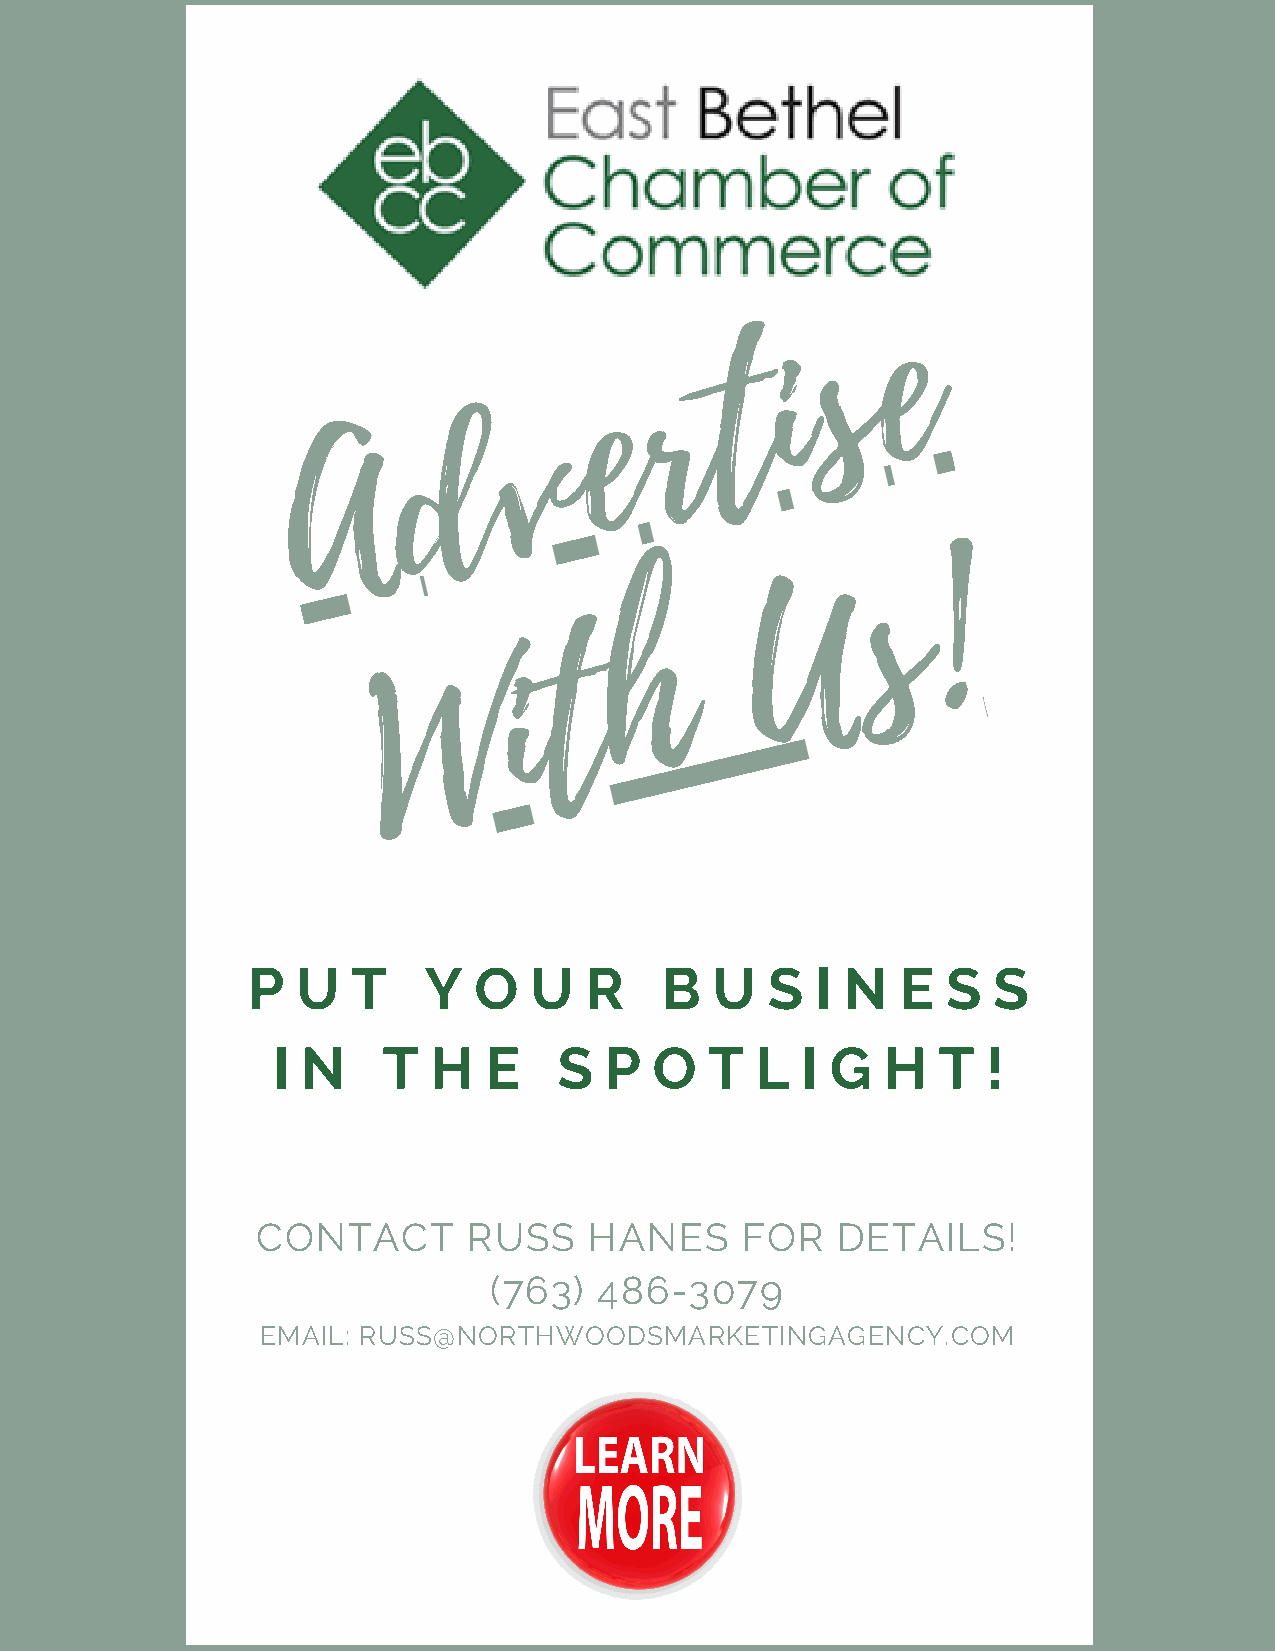
e
 s
 i
 t
 r
 e
 v
 d
 A
 !
 s
 U
 h
 t
 i
 W
 P   U  T    Y  O   U   R    B  U   S  I N   E  S  S
 I N    T  H   E    S  P  O   T  L  I G  H   T  !
 CONTACT       RUSS    HANES     FOR   DETAILS!
 (763)   486-3079
 EMAIL: RUSS@NORTHWOODSMARKETINGAGENCY.COM